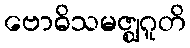
ဗောဓိသမဇ္ဈဂူတိ